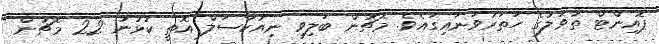
ޕޮއިންޓް ތާވަލުގެ ހަތަރުވަނައިގައެވެ. މެޗުން ބަލިވި ނިއުކާސަލް އޮތީ ކުޅުނު 22 މެޗުން